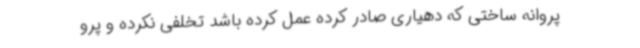
پروانه ساختی که دهیاری صادر کرده عمل کرده باشد تخلفی نکرده و ‌پرو